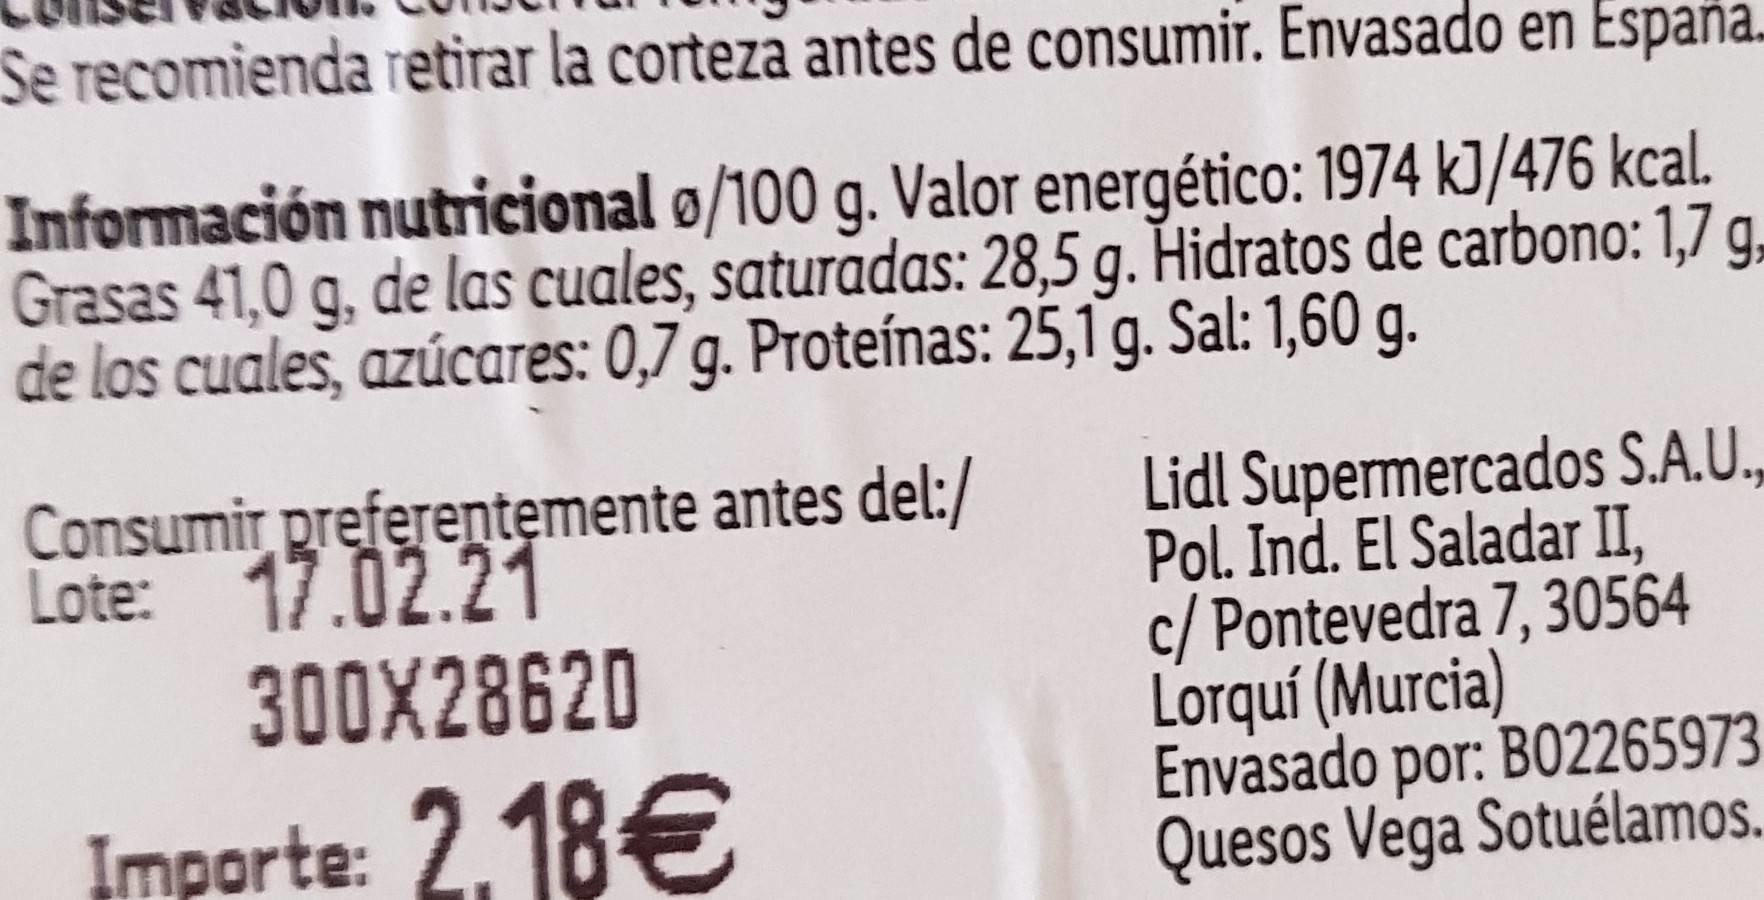
Se recomienda retirar la corteza antes de consumir. Envasado en España.
Información nutricional ø/100 g. Valor energético: 1974 k]/476 kcal. Grasas 41,0 g, de las cuales, saturadas: 28,5 g. Hidratos de carbono: 1,7 g. de los cuales, azúcares: 0,7 g. Proteínas: 25,1 g. Sal: 1,60 g.
Consumir preferentemente antes del:/ Lote: 17.02.21
Lidl Supermercados S.A.U., Pol. Ind. El Saladar II, c/ Pontevedra 7, 30564 Lorquí (Murcia) Envasado por: B02265973 Quesos Vega Sotuélamos.
300X28620
Importe: 2.18€